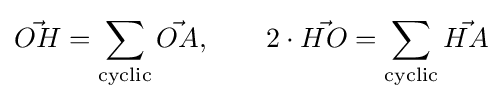
{\vec {OH}}=\sum \limits _{\scriptstyle {\rm {cyclic}}}{\vec {OA}},\qquad 2\cdot {\vec {HO}}=\sum \limits _{\scriptstyle {\rm {cyclic}}}{\vec {HA}}